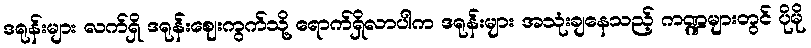
ဒရုန်းများ လက်ရှိ ဒရုန်းဈေးကွက်သို့ ရောက်ရှိလာပါက ဒရုန်းများ အသုံးချနေသည့် ကဏ္ဍများတွင် ပိုမို